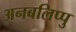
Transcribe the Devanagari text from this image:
अनबलिप्पु